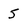
Character: 5